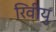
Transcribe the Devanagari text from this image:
रिवीयु